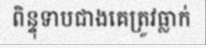
ពិន្ទុទាបជាងគេត្រូវធ្លាក់